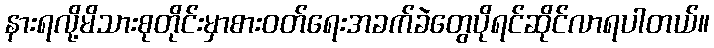
နားရလို့မိသားစုတိုင်းမှာစားဝတ်ရေးအခက်ခဲတွေပိုရင်ဆိုင်လာရပါတယ်။